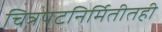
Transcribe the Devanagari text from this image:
चित्रपटनिर्मितीतही